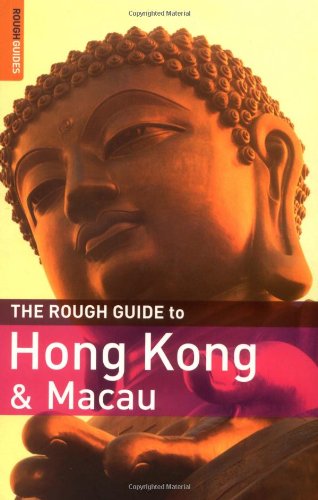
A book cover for The Rough Guide to Hong Kong & Macau - Edition 6 (Rough Guide Travel Guides); Jules Brown; Travel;